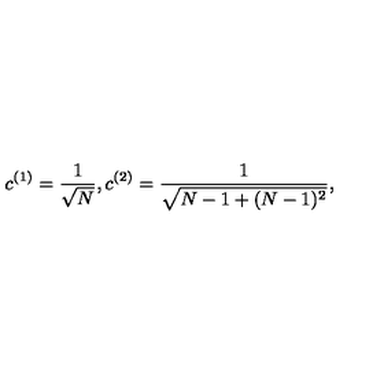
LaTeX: c ^ { ( 1 ) } = \frac { 1 } { \sqrt { N } } , c ^ { ( 2 ) } = \frac { 1 } { \sqrt { N - 1 + ( N - 1 ) ^ { 2 } } } ,